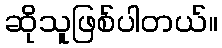
ဆိုသူဖြစ်ပါတယ်။